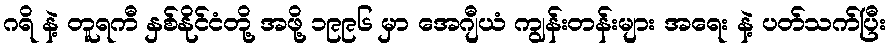
ဂရိ နဲ့ တူရကီ နှစ်နိုင်ငံတို့ အဖို့ ၁၉၉၆ မှာ အေဂျီယံ ကျွန်းတန်းများ အရေး နဲ့ ပတ်သက်ပြီး